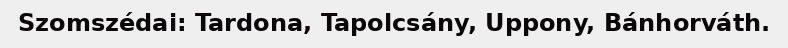
Szomszédai: Tardona, Tapolcsány, Uppony, Bánhorváth.